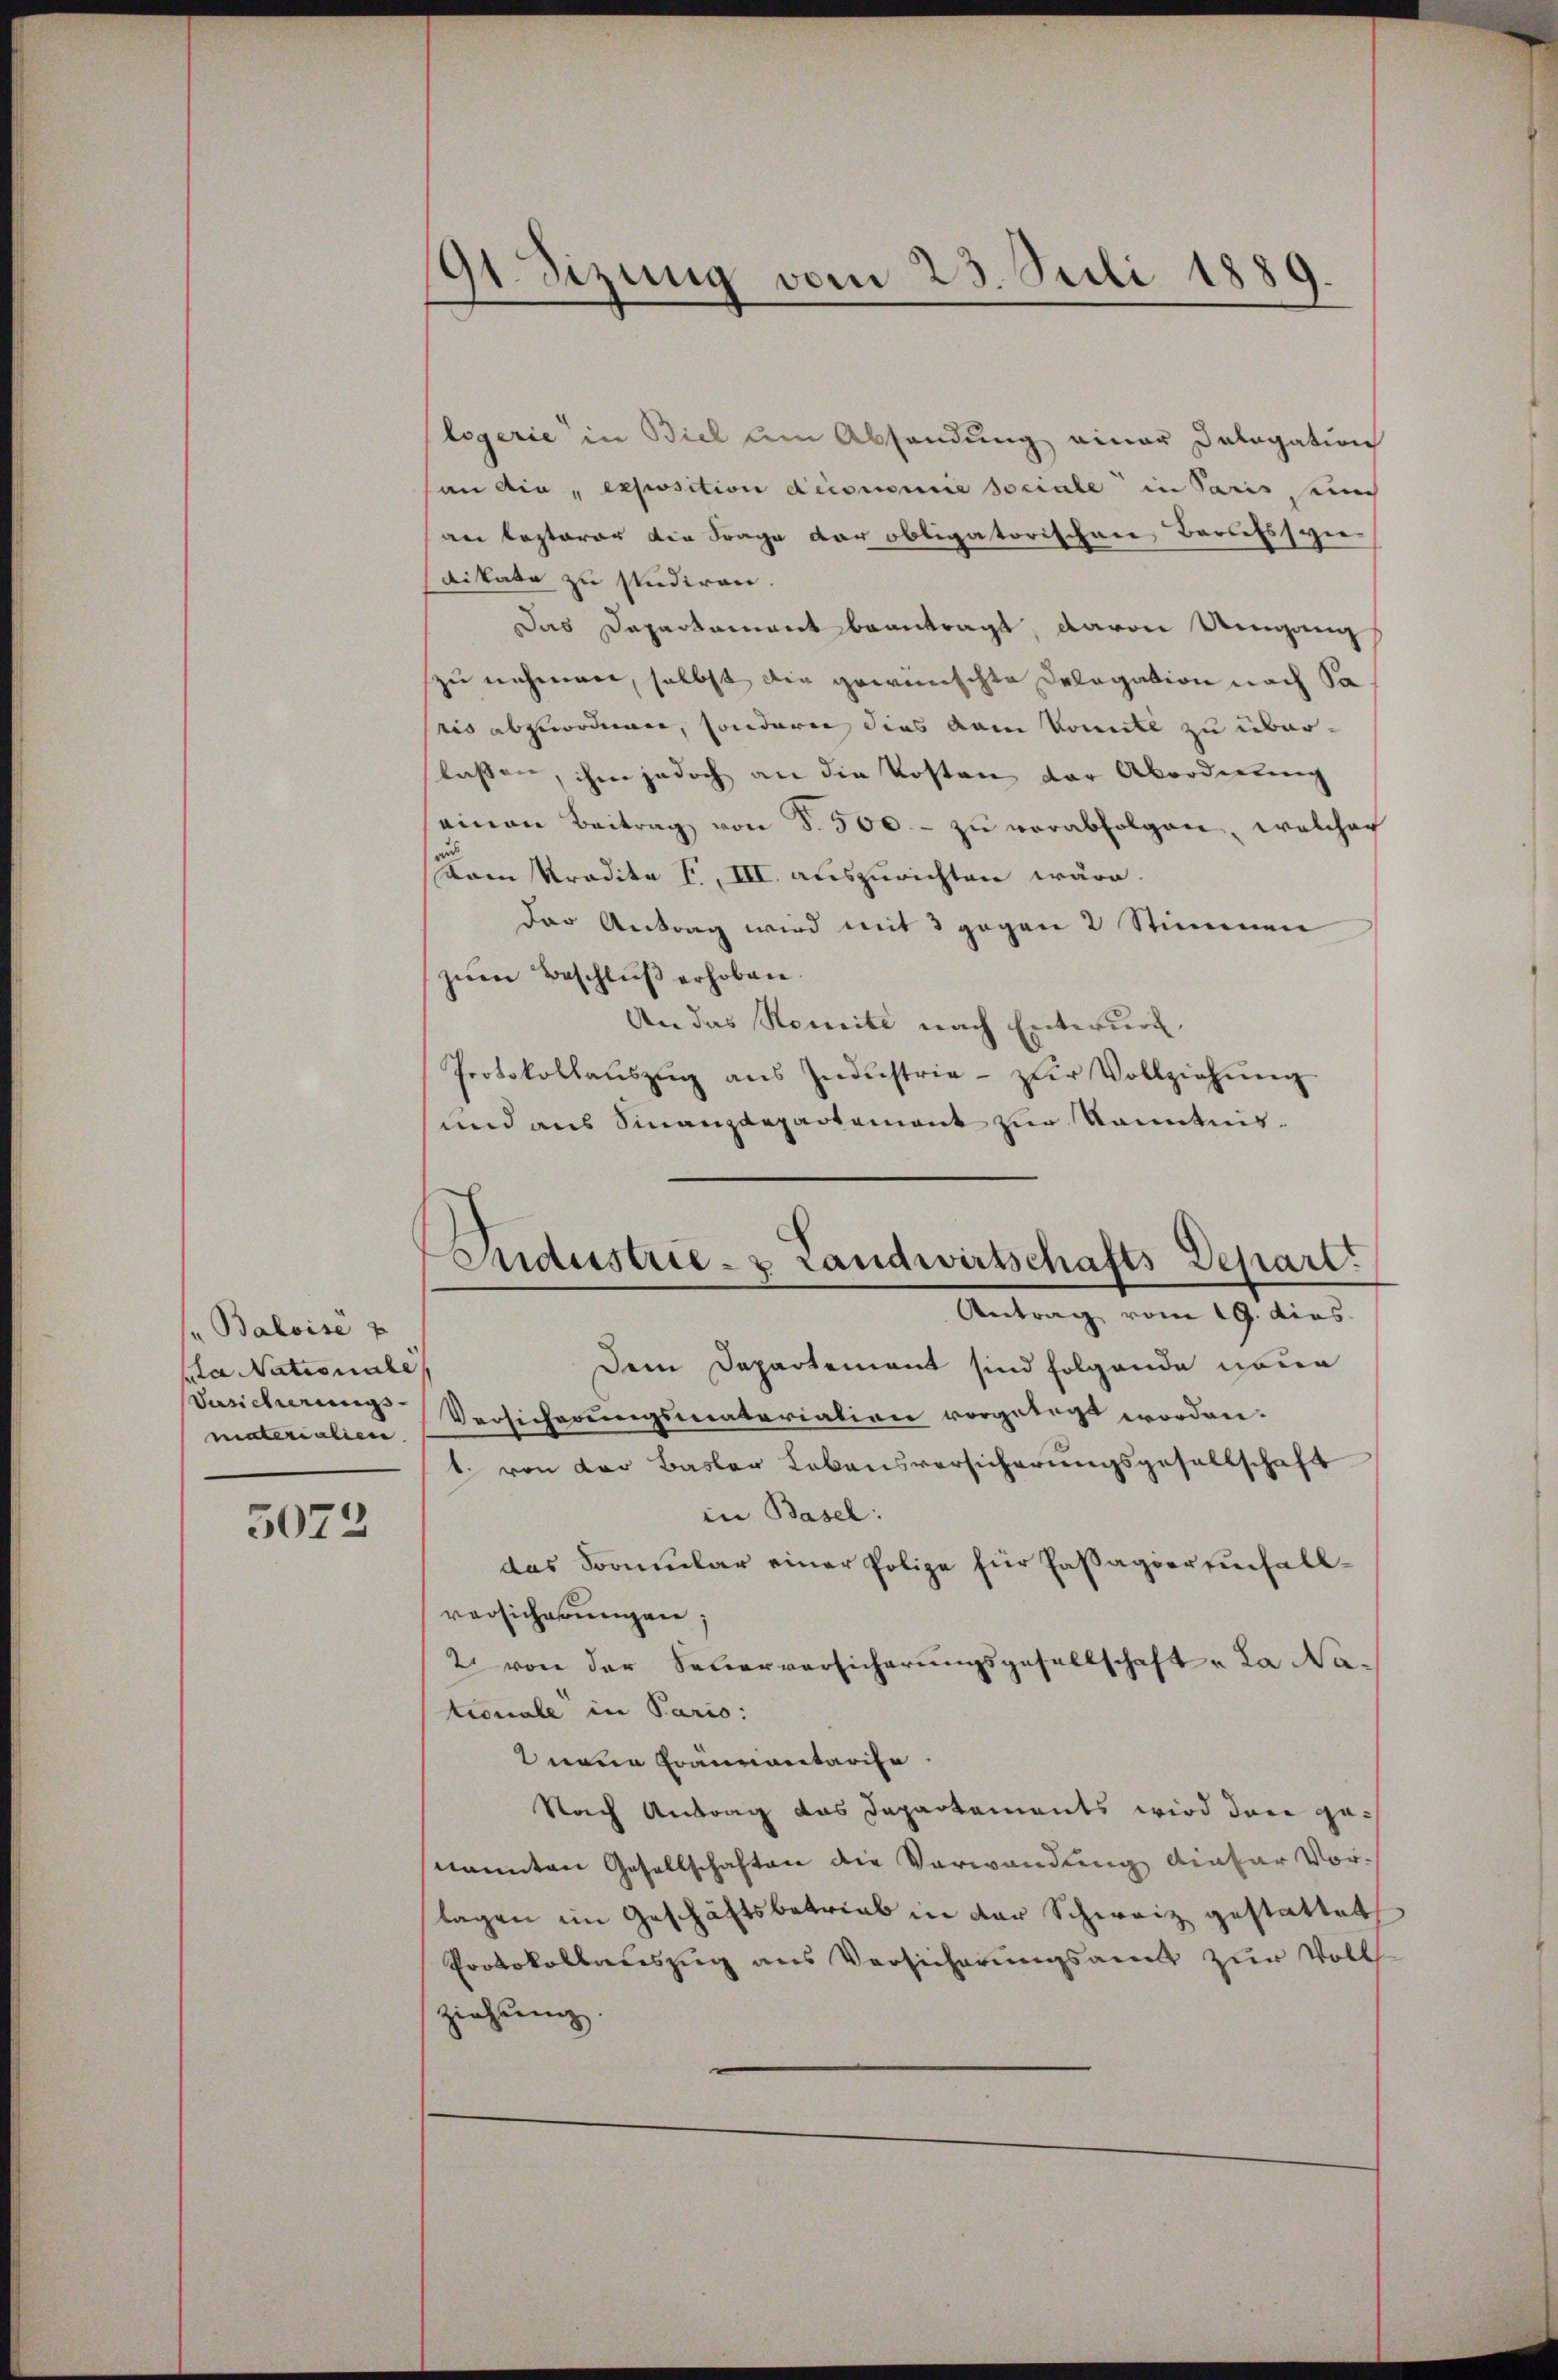
"Baloise u
da Nationale
Vasicherungs
materialien.

5073

91 Sizung vom 23. Juli 1889.

legerie in Biel am Absendung einer Dologation
an die „exposition diconomie sociale in Paris, eine
an lezterer die Frage der obligatorischen Berufsspi
dikate zu studiren.
Das Departement beantragt, davon Umgang
zu nehmen, selbst die gewünschte Delegation nach Sa
ris abzuordnen, sonderen dies kam konnte zu überlassen, ihm jedoch an die Kosten der Abordnung
einen Beitrag von S. 500.- zŭ verabfolgen, welcher
Mam Pradita I., III. auszurichten wäre.
der Antrag wird mit 8 gegen 2 Stimmen
zŭm Beschluß erhoben.
An das Romite nach Entwurf,
Protokollaŭszŭg aŭs Industria- zŭr Vollziehŭng
und aus Sinanzdepartement zur Kenntnis¬
Dem Departement sind folgende neue
Versicherungsmateriation vorgelegt worden.
1. von der Basler Lebensversicherungsgesellschaft
in Basel:
das Formular einer Polize für Passagier einfallversicherungen;
2 von der Sauerversicherungsgesellschaft „La Nationale in Pario:
nene Gräumentarise
Nach Antrag das Departements wird den genannten Gesellschaften die Vorwandung dieser Vor-
tagen im Geschäftsbetrieb in der Schweiz gestattet
Protokollauszug aus Versicherungsamt zur Voll
ziehung.

Industrie- & Landwirtschafts Depart.
Antrag vom 19. dies